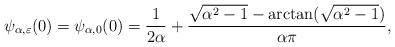
LaTeX: \begin{align*} \psi_{\alpha, \varepsilon}(0) = \psi_{\alpha,0}(0) = \frac{1}{2\alpha} + \frac{\sqrt{\alpha^2-1} - \arctan(\sqrt{\alpha^2-1})}{\alpha \pi}, \end{align*}